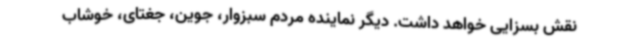
نقش بسزایی خواهد داشت. دیگر نماینده مردم سبزوار، جوین، جغتای، خوشاب